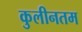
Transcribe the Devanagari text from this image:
कुलीनतम